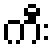
ကီး